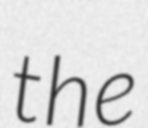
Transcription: the